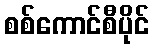
စစ်ကောင်စီပိုင်